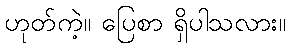
ဟုတ်ကဲ့။ ပြေစာ ရှိပါသလား။